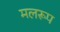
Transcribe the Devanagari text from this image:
मलरूप